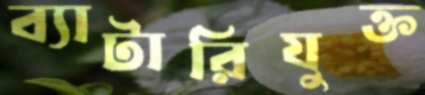
ব্যাটারিযুক্ত